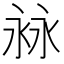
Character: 𣴏